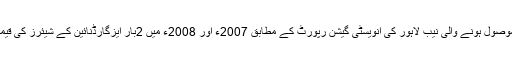
پبلک نیوز کو موصول ہونے والی نیب لاہور کی انویسٹی گیشن رپورٹ کے مطابق 2007ء اور 2008ء میں 2بار ایزگارڈنائین کے شیئرز کی قیمت بڑھائی گئی۔